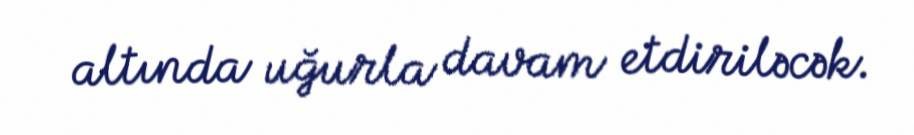
altında uğurla davam etdiriləcək.